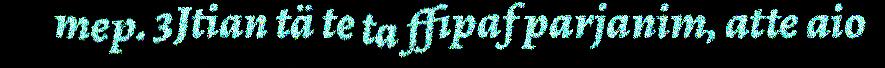
mep. 3Jtian tä te ta ffipaf parjanim, atte aio